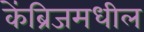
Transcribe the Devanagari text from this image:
केंब्रिजमधील